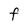
Character: F